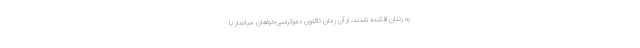
به زندان افکنده شدند. از آن زمان تاکنون دموکراسی‌خواهان میانمار با